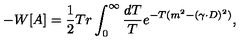
- W [ A ] = { \frac { 1 } { 2 } } T r \int _ { 0 } ^ { \infty } \frac { d T } { T } e ^ { - T ( m ^ { 2 } - ( \gamma \cdot D ) ^ { 2 } ) } ,